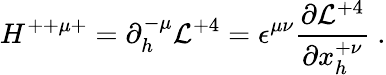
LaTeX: H^{++\mu+}=\partial_{h}^{-\mu}{\cal L}^{+4}=\epsilon^{\mu\nu}{\frac{\partial{{\cal L}^{+4}}}{\partial{x_{h}^{+\nu}}}}\ .